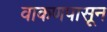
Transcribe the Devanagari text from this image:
वाकणपासून